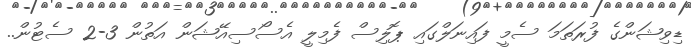
ޑިވިޝަންގެ ފުރަތަމަ ސެމީ ފައިނަލްގައި ޕޮލިސް ފެމިލީ އެސޯސިއޭޝަން އަތުން 3-2 ސެޓުން..